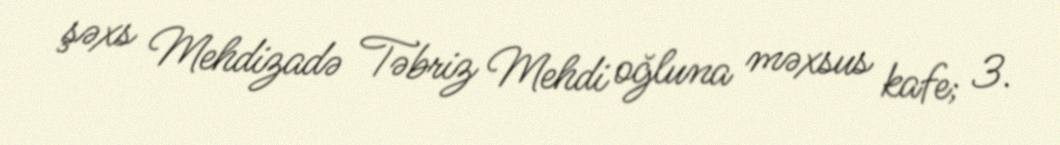
şəxs Mehdizadə Təbriz Mehdi oğluna məxsus kafe; 3.